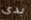
بدى